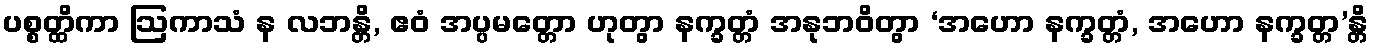
ပစ္စတ္ထိကာ ဩကာသံ န လဘန္တိ, ဧဝံ အပ္ပမတ္တော ဟုတွာ နက္ခတ္တံ အနုဘဝိတွာ ‘အဟော နက္ခတ္တံ, အဟော နက္ခတ္တ’န္တိ